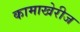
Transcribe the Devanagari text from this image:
कामाखेरीज